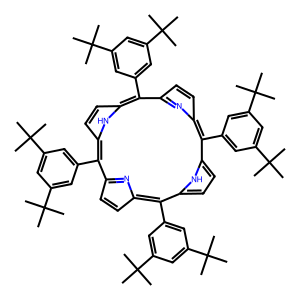
SMILES: CC(C)(C)c1cc(-c2c3ccc(n3)c(-c3cc(C(C)(C)C)cc(C(C)(C)C)c3)c3ccc([nH]3)c(-c3cc(C(C)(C)C)cc(C(C)(C)C)c3)c3ccc(n3)c(-c3cc(C(C)(C)C)cc(C(C)(C)C)c3)c3ccc2[nH]3)cc(C(C)(C)C)c1
Inhibits HIV replication: No